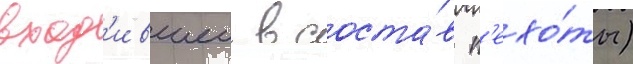
вход'ившеи в соста́в п'ехо́ты)